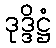
ဒုဒ္ဒိဋ္ဌံ